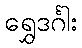
ရွှေဒင်္ဂါး